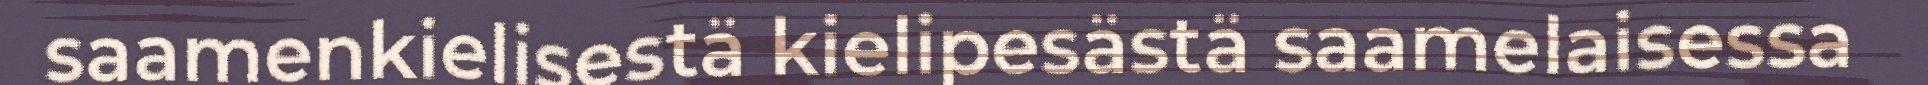
saamenkielisestä kielipesästä saamelaisessa